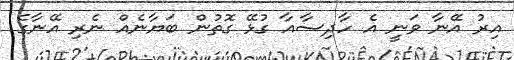
އިރު އޭނާ ވަނީ އެ ހާދިސާއާ ގުޅޭ ގޮތުން ބަޔާނެއް ނެރި އޭނާގެ